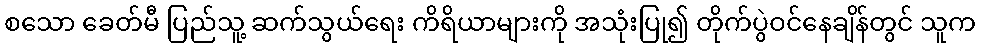
စသော ခေတ်မီ ပြည်သူ့ ဆက်သွယ်ရေး ကိရိယာများကို အသုံးပြု၍ တိုက်ပွဲဝင်နေချိန်တွင် သူက